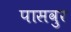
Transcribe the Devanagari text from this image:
पासवुर